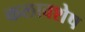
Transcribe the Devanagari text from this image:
कलावशेष